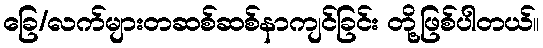
ခြေ/လက်များတဆစ်ဆစ်နာကျင်ခြင်း တို့ဖြစ်ပါတယ်။